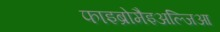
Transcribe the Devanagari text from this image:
फाइब्रोमैइअल्जिआ